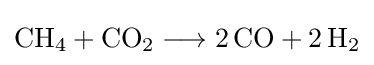
{\mathrm {CH} {\vphantom {A}}_{\smash[{t}]{4}}{}+{}\mathrm {CO} {\vphantom {A}}_{\smash[{t}]{2}}{}\mathrel {\longrightarrow } {}2\,\mathrm {CO} {}+{}2\,\mathrm {H} {\vphantom {A}}_{\smash[{t}]{2}}}